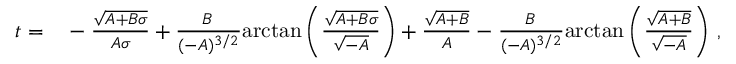
\begin{array} { r l } { t = } & { { } - \frac { \sqrt { A + B \sigma } } { A \sigma } + \frac { B \, } { ( - A ) ^ { 3 / 2 } } \mathrm { a r c t a n } \left( \frac { \sqrt { A + B \sigma } } { \sqrt { - A } } \right) + \frac { \sqrt { A + B } } { A } - \frac { B \, } { ( - A ) ^ { 3 / 2 } } \mathrm { a r c t a n } \left( \frac { \sqrt { A + B } } { \sqrt { - A } } \right) \, , } \end{array}